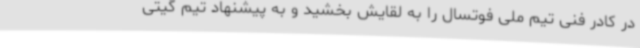
در کادر فنی تیم ملی فوتسال را به لقایش بخشید و به پیشنهاد تیم گیتی